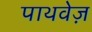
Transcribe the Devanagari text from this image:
पाथवेज़